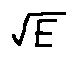
\sqrt { E }